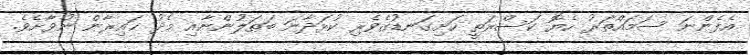
އެފެންނަ ސަމައްތަރު ހެޔޮ ކަސްރަތީ ހަށިގަނޑުގެވެރި ކުޅަދާނަ ބަޠަލުންނާއި މެދު ޙައިރާން ނުވާށެވެ.